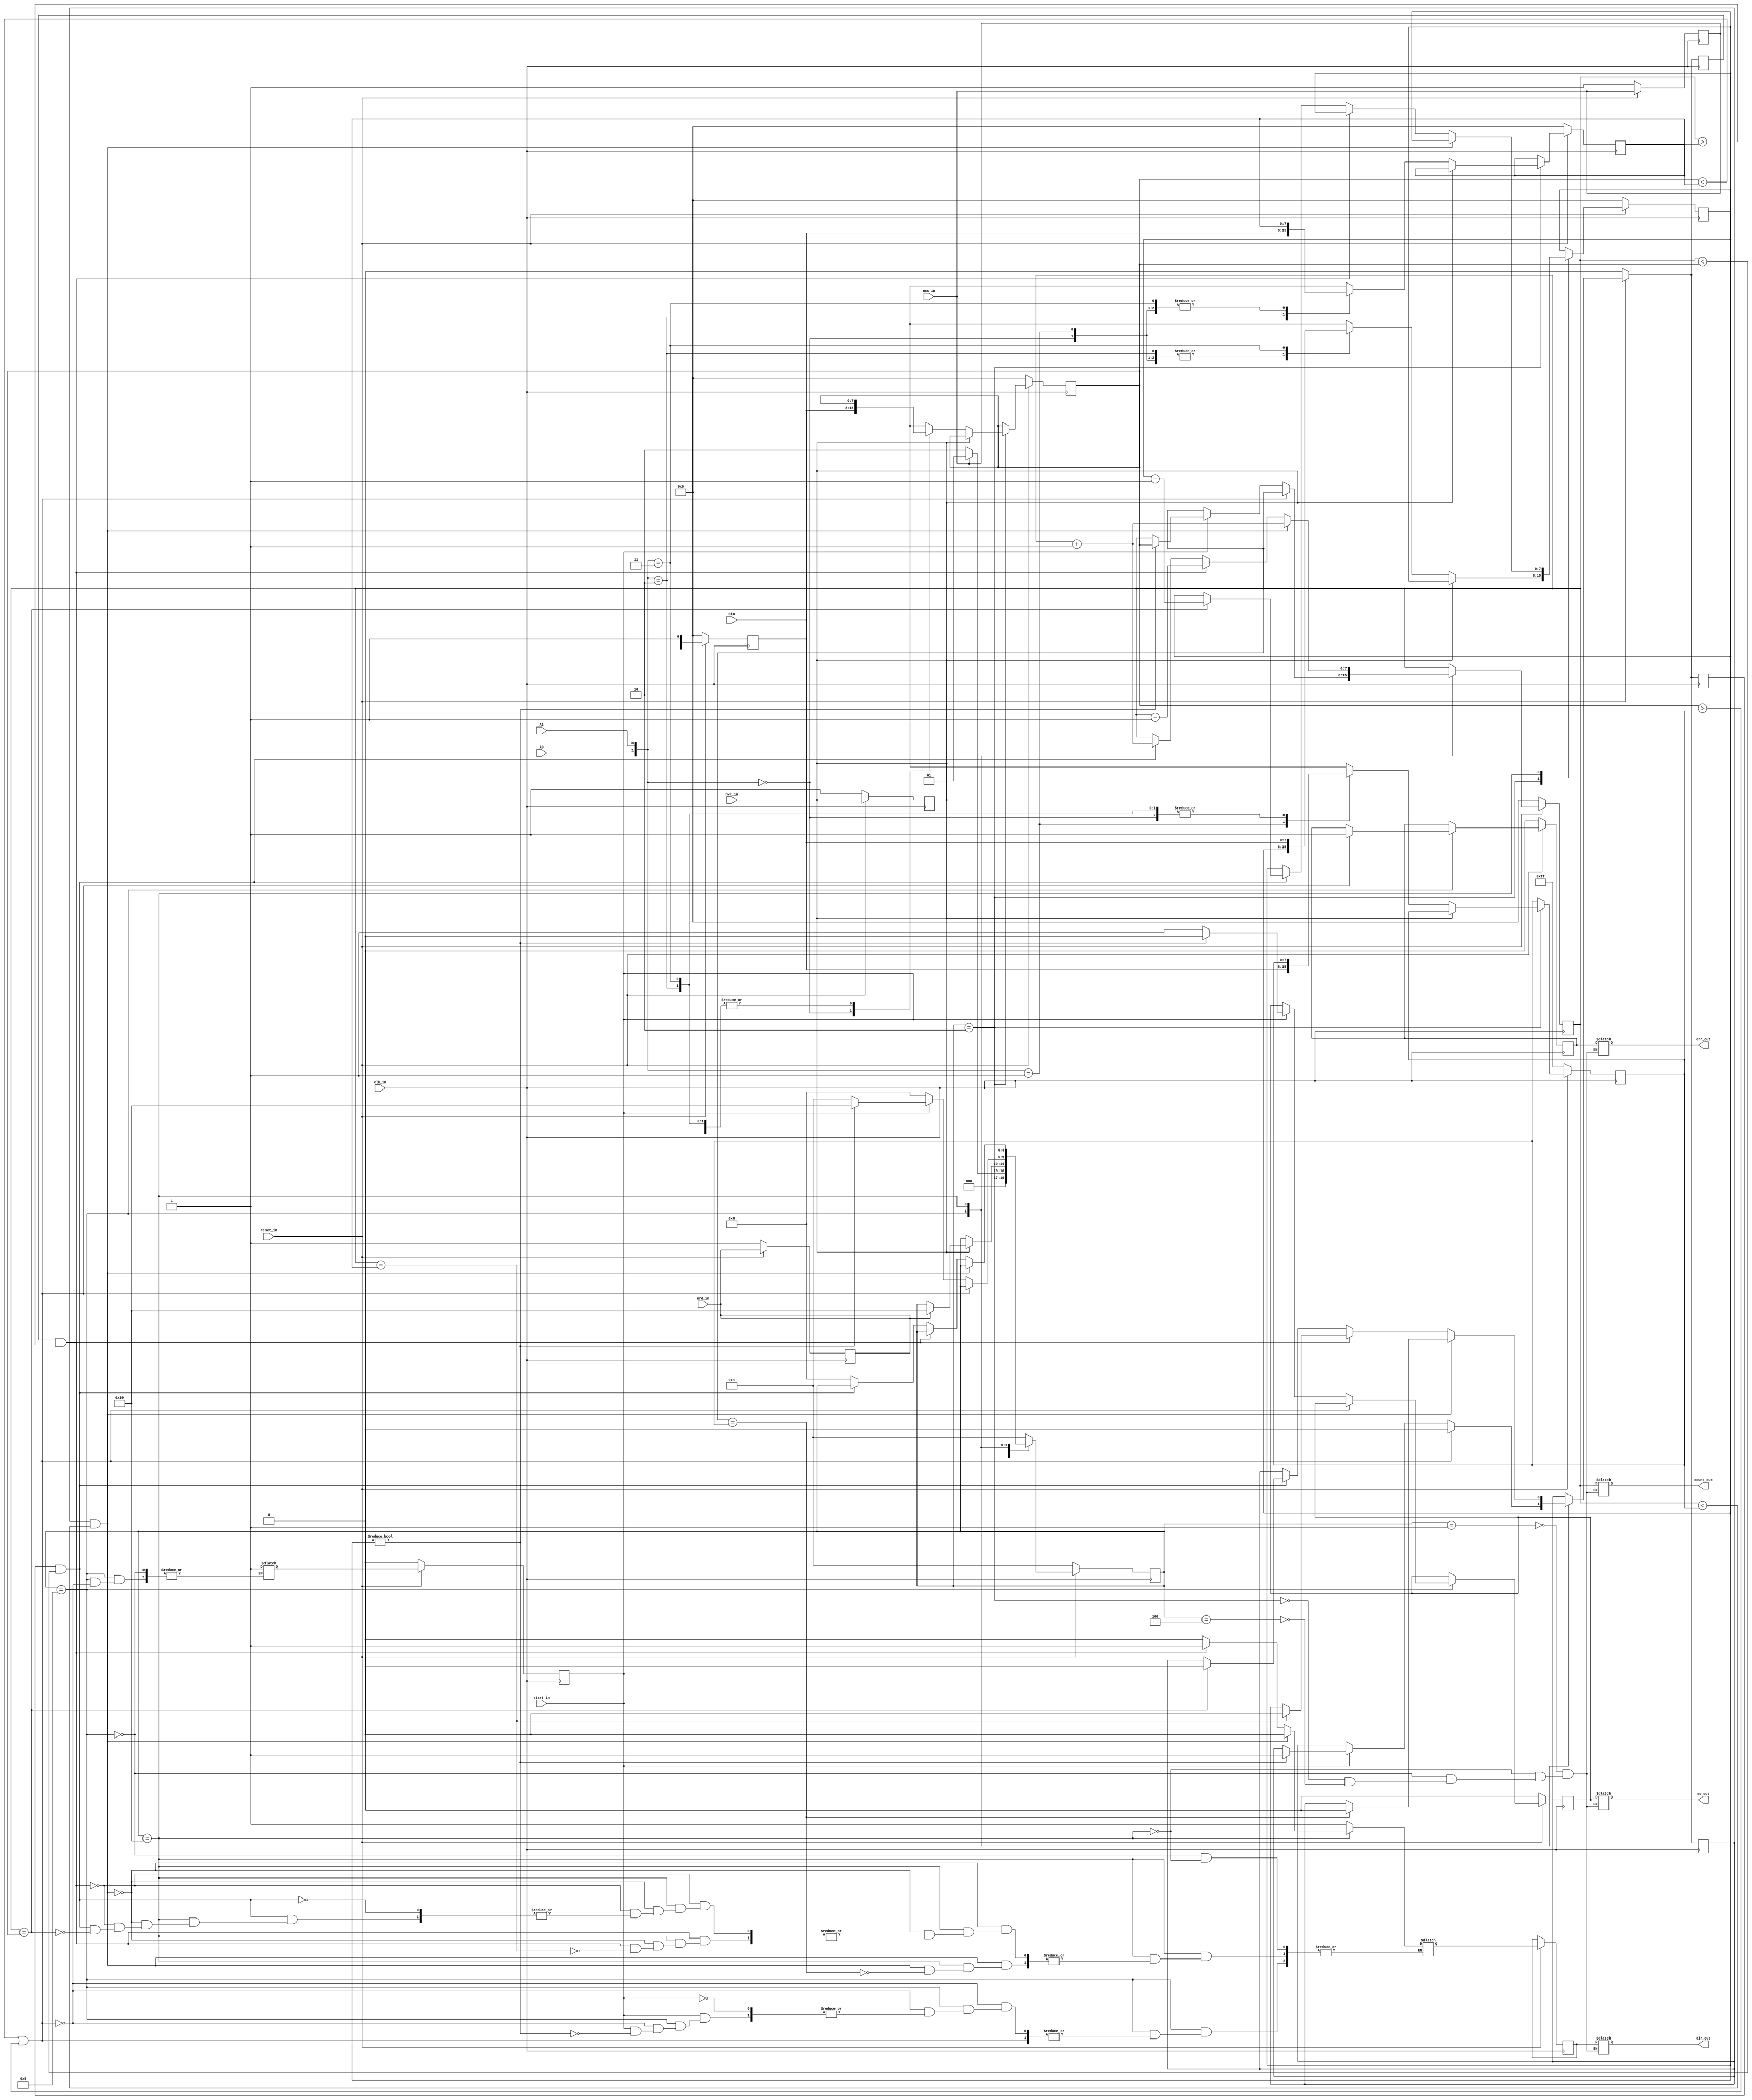
module up_down_counter (input [7:0]Din,input clk_in,ncs_in,nrd_in,nwr_in,start_in,reset_in,A0,A1 ,output reg [7:0]count_out,output reg err_out,ec_out,dir_out);

reg [7:0]Din_wire;  // storing din out value in reg

//assign Din=Din_wire;  // whenever value in din out changes the it iis assigned to din 

localparam IDLE = 5'b00001;                     // one hot encoding
localparam  RUN= 5'b00010;
localparam READ_WRITE_DATA = 5'b00100;
localparam  COUNTER_SETUP = 5'b01000 ;
localparam COUNTING=5'b10000;

reg [4:0]state_present,state_next ;   // state handling registers

reg [7:0]din_present,din_next;   // input data  registers

reg A0_present,A0_next,A1_present,A1_next,ncs_in_present,ncs_in_next,nrd_in_present,nrd_in_next,nwr_in_present,nwr_in_next,start_in_present,start_in_next;    // control ip registers

reg [7:0]plr_present,llr_present,ulr_present,ccr_present,plr_next,llr_next,ulr_next,ccr_next ;

// plr  starting value of counter
// llr lower limit of counter
// ulr upperlimit of counter
// ccr no of times to count

reg [7:0]count_present,count_next;   ///////output count_out register
reg err_present,err_next,ec_present,ec_next,dir_present,dir_next;

// err=1 when plr<llr or plr>ulr
// ec=1 when counter counts all cycles
// dir=1 for upcounting
// dir=0 for downcounting


reg upflag_present,downflag_present,preloadflag_present;
reg upflag_next,downflag_next,preloadflag_next;
// present state logic
always @(posedge clk_in )
         begin
            if (reset_in==0) // during reset_in 
            begin
                state_present<=IDLE;    // chip not selected initially
                plr_present<=0;                     // preloaded register is 0
                ulr_present<=8'd255;                // upper limit is 255
                llr_present<=0;                     // lower limit register is 0
                ccr_present<=0;                     // cycle count_out register is 0
                ncs_in_present<=1;
                nrd_in_present<=1;
                nwr_in_present<=1;
                din_present<=0;
                count_present<=0;
                err_present<=0;
                ec_present<=0;
                               upflag_present<=0;
                downflag_present<=0;
                preloadflag_present<=0;
                start_in_present<=0;
                
            
            
            end
            else
            begin
                state_present<=state_next;
                plr_present<=plr_next; 
                ulr_present<=ulr_next; 
                llr_present<=llr_next; 
                ccr_present<=ccr_next; 
                din_present<=din_next;
                count_present<=count_next;
                err_present<=err_next;
                ec_present<=ec_next;
                upflag_present=upflag_next;
                downflag_present=upflag_next;
                preloadflag_present=upflag_next;
                start_in_present<=start_in_next;
                dir_present<=dir_next;

            end
    
         end

// next state logic
always@(*)
begin
                state_next=state_present;
                plr_next=plr_present;                     // defaults
                ulr_next=ulr_present; 
                llr_next=llr_present; 
                ccr_next=ccr_present;
                ncs_in_present=ncs_in;                       // taking ips
                nrd_in_present=nrd_in;
                nwr_in_present=nwr_in;
                A0_present=A0;
                A1_present=A1;
                din_present=Din;
                count_next=count_present;
                err_next=err_present;
                ec_next=ec_present;
                              upflag_next= upflag_present;
                downflag_next= downflag_present;
                preloadflag_next= preloadflag_present;
                start_in_present=start_in;
                dir_next<=din_present;


 
            case (state_present)
                IDLE:begin
                    if(ncs_in_present==0)     // chip start_ins work  if ncs_in==0
                    state_next=RUN;
                    else             // chip stopped
                    begin
                        state_next=IDLE;
                    end
                end
                RUN: begin
                    
                    if(nwr_in_present==0)
                    begin
                        case ({A0,A1})
                            2'B00:begin
                                        plr_next=Din;  $display("data loaded into plr register %d",plr_next );
                                  end 
                            2'B01:begin
                                        ulr_next=Din;  $display("data loaded into ulr register %d",ulr_next );
                                  end 
                                  

                            2'B10:begin
                                        llr_next=Din; $display("data loaded into llr register %d",llr_next );
                                  end 
                                  
                            2'B11:begin
                                        ccr_next=Din; $display("data loaded into ccr register %d",ccr_next );
                                  end 
                        endcase
                    end // if end
                    else if(nrd_in_present==0)  // reading data 
                    begin
                        case ({A0,A1})
                            2'B00:begin
                                        Din_wire=plr_present; $display("data loaded into din input %d",plr_present );
                                  end 
                            2'B01:begin
                                        Din_wire=ulr_present; $display("data loaded into din input %d",ulr_present );
                                  end 
                                  

                            2'B10:begin
                                        Din_wire=llr_present; $display("data loaded into din input %d",llr_present );
                                  end 
                                  
                            2'B11:begin
                                        Din_wire=ccr_present; $display("data loaded into din input %d",ccr_present );
                                  end 
                        endcase 
                    end // read data end
                    else begin     // not reading not writing
                    state_next=COUNTING;
                    end

                end // run end

                COUNTER_SETUP: begin
                        

                    if(plr_present<llr_present || plr_present>ulr_present)
                    begin
                        upflag_next=0;
                        downflag_next=0;
                        preloadflag_next=0;
                       err_next=1;
                       start_in_next=IDLE;
                    end
                    else if(start_in_present==1)
                    begin
                        
                        if(ccr_present!=0)
                        begin
                            state_next=COUNTING;
                            	upflag_next=1;
                            dir_next=1;
                            ec_next=0;    // opt
                            count_next=plr_present;


                        end
                        else
                        begin
                            ec_next=1;
                            state_next=IDLE;
                        end


                    end
                    else
                    begin
                        state_next=COUNTER_SETUP;
                    end



                end/// counter setup state end
                COUNTING: begin
                    if(upflag_present==1 && count_present<ulr_present)
                    begin
                            count_next=count_present+1;
                            if(count_present==ulr_present)
                            begin
                                downflag_next=1;
                                upflag_next=0;
                                preloadflag_next=0; // opt
                                dir_next=0;
                            end
                    end
                    else if(downflag_present==1 && count_present>llr_present)
                    begin
                        count_next=count_present-1;
                            if(count_present==llr_present)
                            begin
                                downflag_next=0;
                                upflag_next=0;   // opt
                                preloadflag_next=1;
                                dir_next=1;
                            end

                    end
                    else if(preloadflag_present==1 && count_present<plr_present )
                    begin
                            count_next=count_present+1;
                            if(count_present==plr_present)
                            begin
                                downflag_next=0;
                                upflag_next=0;
                                preloadflag_next=0; 
                                ccr_next=ccr_present-1;
                                dir_next=0; // opt
                                
                            end
                    end
                    else
                    begin
                        state_next=COUNTER_SETUP;
                    end

                    
                end
                default: state_next=IDLE;
            endcase





end




always @(state_present) begin
    case(state_present)

//output [7:0]count_out,output err_out,ec_out,dir_out);
    IDLE:begin
        count_out=count_present;
        err_out=err_present;
        ec_out=ec_present;
        dir_out=dir_present;
    end
    COUNTING:begin
        count_out=count_present;
        err_out=err_present;
        ec_out=ec_present;
        dir_out=dir_present;
    end
    COUNTER_SETUP:begin
        count_out=count_present;
        err_out=err_present;
        ec_out=ec_present;
        dir_out=dir_present;
    end
    RUN:begin
        count_out=count_present;
        err_out=err_present;
        ec_out=ec_present;
        dir_out=dir_present;
    end
    READ_WRITE_DATA:begin
        count_out=count_present;
        err_out=err_present;
        ec_out=ec_present;
        dir_out=dir_present;
    end


    endcase
end




    
endmodule